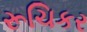
રૂચિકર